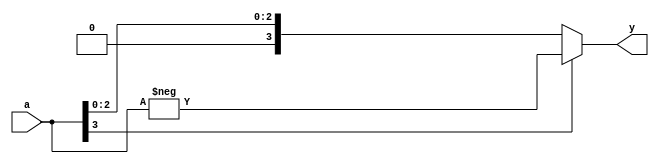
module absval_ref(input signed [3:0] a, output [3:0] y);
    assign y = a[3] ? -a : a;
endmodule